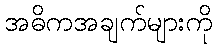
အဓိကအချက်များကို